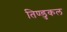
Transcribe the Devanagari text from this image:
तिण्डुकल